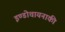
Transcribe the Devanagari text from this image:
इण्डोचायनाकी